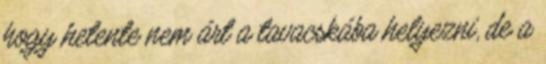
hogy hetente nem árt a tavacskába helyezni, de a